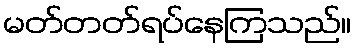
မတ်တတ်ရပ်နေကြသည်။